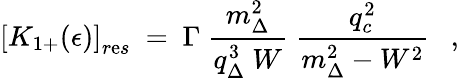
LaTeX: \left[K_{1+}(\epsilon)\right]_{r\mathrm{e}s}\ =\ \Gamma\ \frac{{m_{\Delta}^{2}}}{{q_{\Delta}^{3}\ W}}\ \frac{{q_{c}^{2}}}{{m_{\Delta}^{2}-W^{2}}}\ \ \ ,